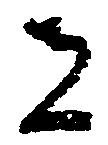
者